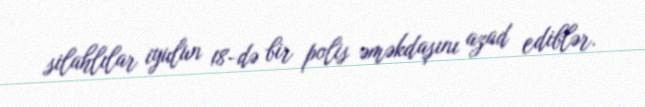
silahlılar iyulun 18-də bir polis əməkdaşını azad ediblər.